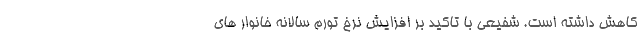
کاهش داشته است. شفیعی با تاکید بر افزایش نرخ تورم سالانه خانوار های